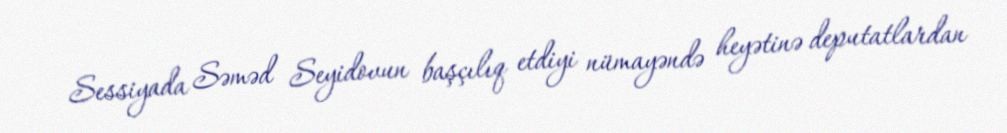
Sessiyada Səməd Seyidovun başçılıq etdiyi nümayəndə heyətinə deputatlardan